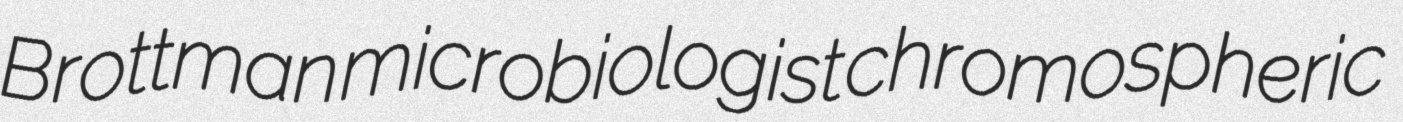
Brottman microbiologist chromospheric